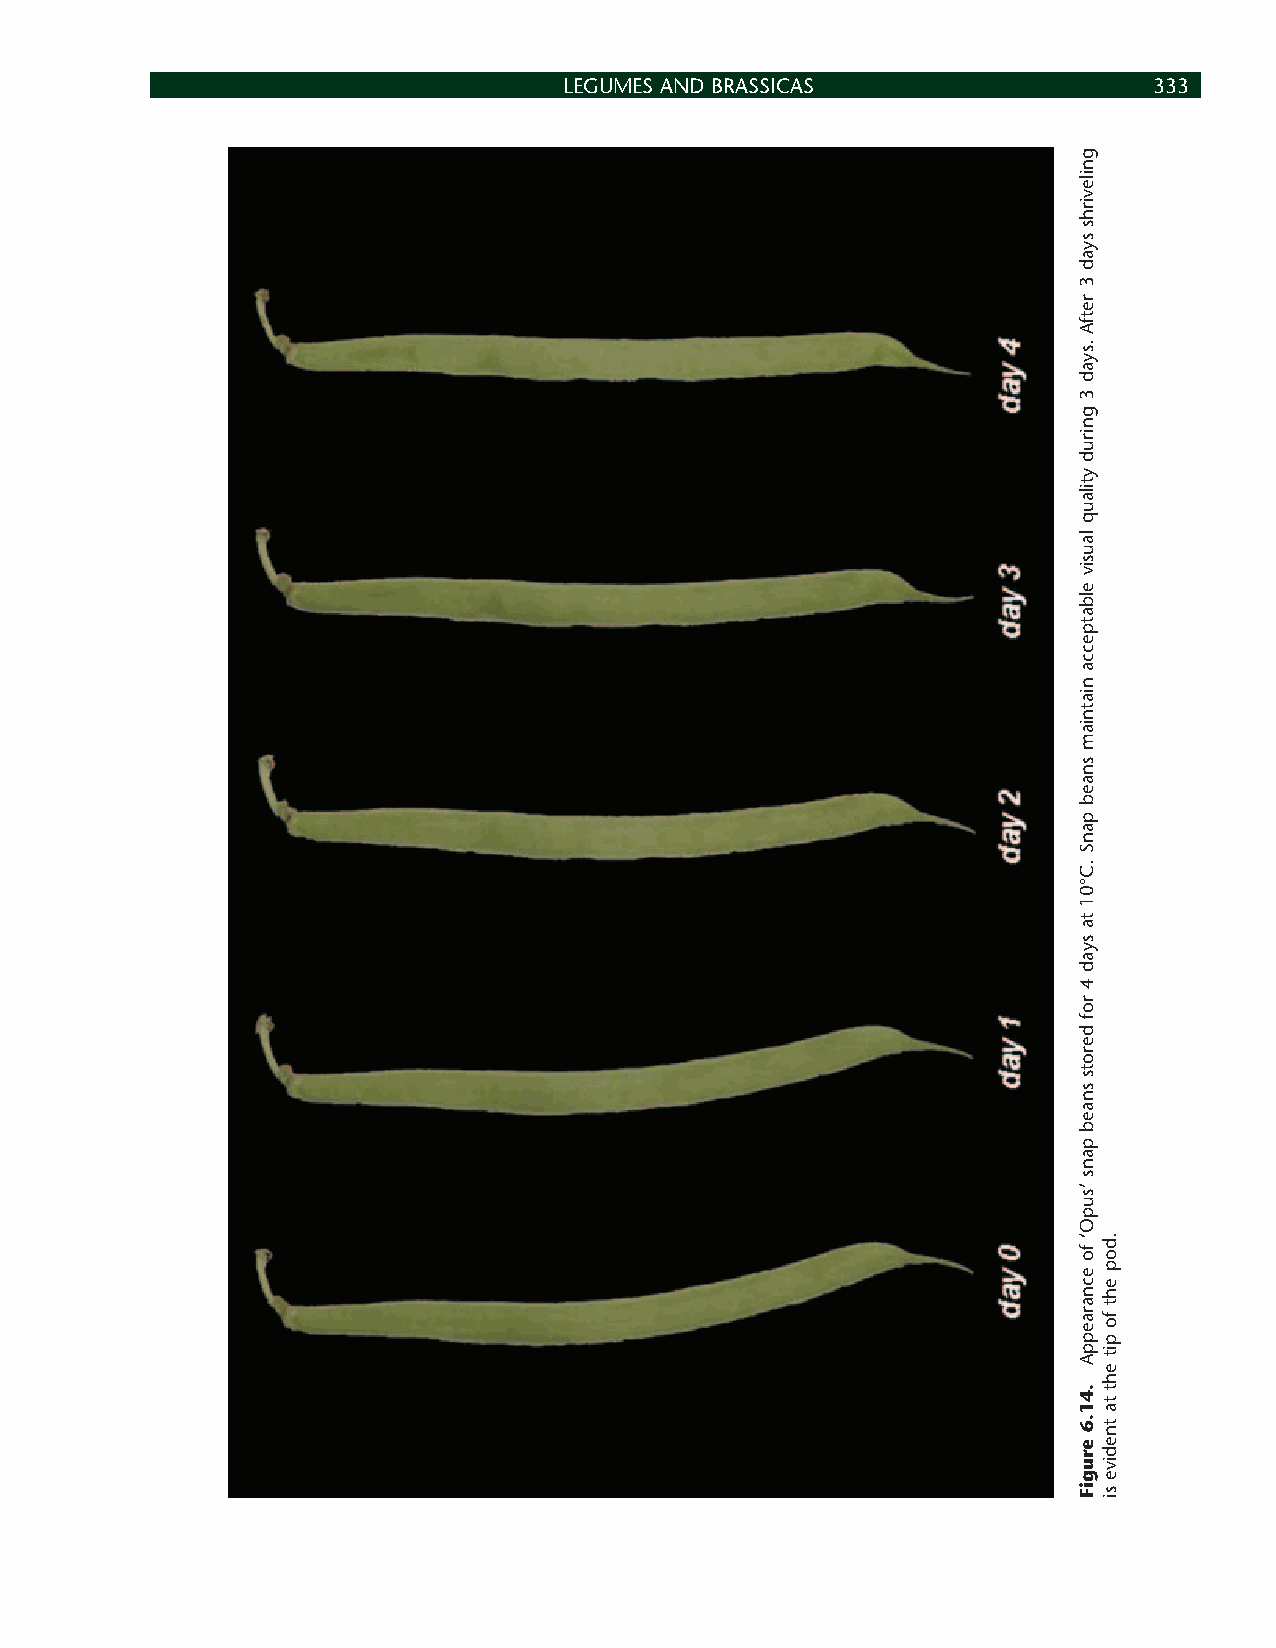
LEGUMES AND BRASSICAS                  333
 gnilevirhs
 syad
 3
 retfA
 .syad
 3
 gnirud
 ytilauq
 lausiv
 elbatpecca
 niatniam
 snaeb
 panS
 .C°01
 ta
 syad
 4
 rof
 derots
 snaeb
 pans
 ’supO‘
 fo
 ecnaraeppA
 .41.6
 erugiF
 .dop
 eht
 fo
 pit
 eht
 ta
 tnedive
 si